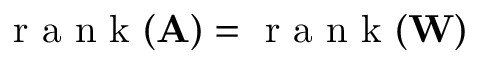
\mathrm { ~ r ~ a ~ n ~ k ~ } ( \mathbf { A } ) = \mathrm { ~ r ~ a ~ n ~ k ~ } ( \mathbf { W } )